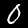
Label: 0